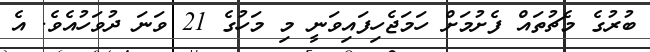
ބުރުގެ މެޗުތައް ފެށުމަށް ހަމަޖެހިފައިވަނީ މި މަހުގެ 21 ވަނަ ދުވަހުއެވެ. އެ